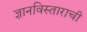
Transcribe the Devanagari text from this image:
ज्ञानविस्ताराची